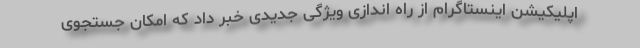
اپلیکیشن اینستاگرام از راه اندازی ویژگی جدیدی خبر داد که امکان جستجوی